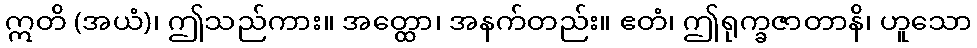
ဣတိ (အယံ)၊ ဤသည်ကား။ အတ္ထော၊ အနက်တည်း။ ဧတံ၊ ဤရုက္ခဇာတာနိ၊ ဟူသော